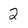
Character: 2